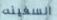
السفينه